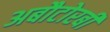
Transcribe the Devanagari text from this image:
अबौटोरबी